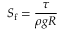
S _ { \mathrm { f } } = { \frac { \tau } { \rho g R } }